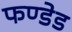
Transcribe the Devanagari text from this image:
फण्डेड